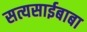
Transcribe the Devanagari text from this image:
सत्यसाईबाबा